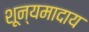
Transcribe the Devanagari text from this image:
शून्यमादाय